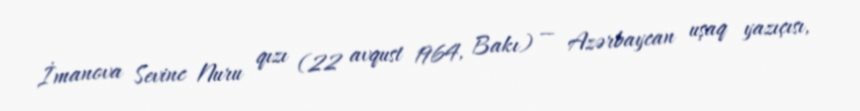
İmanova Sevinc Nuru qızı (22 avqust 1964, Bakı) — Azərbaycan uşaq yazıçısı,